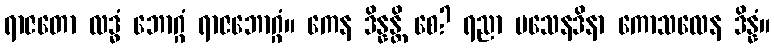
ရာဇတော လဒ္ဓံ ဘောဂ္ဂံ ရာဇဘောဂ္ဂံ။ ကေန ဒိန္နန္တိ စေ? ရညာ ပသေနဒိနာ ကောသလေန ဒိန္နံ။